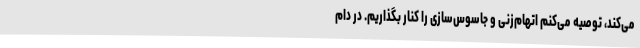
می‌کند، توصیه می‌کنم اتهام‌زنی و جاسوس‌سازی را کنار بگذاریم. در دام